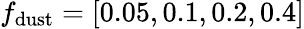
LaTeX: f_{\mathrm{dust}}=[0.05,0.1,0.2,0.4]